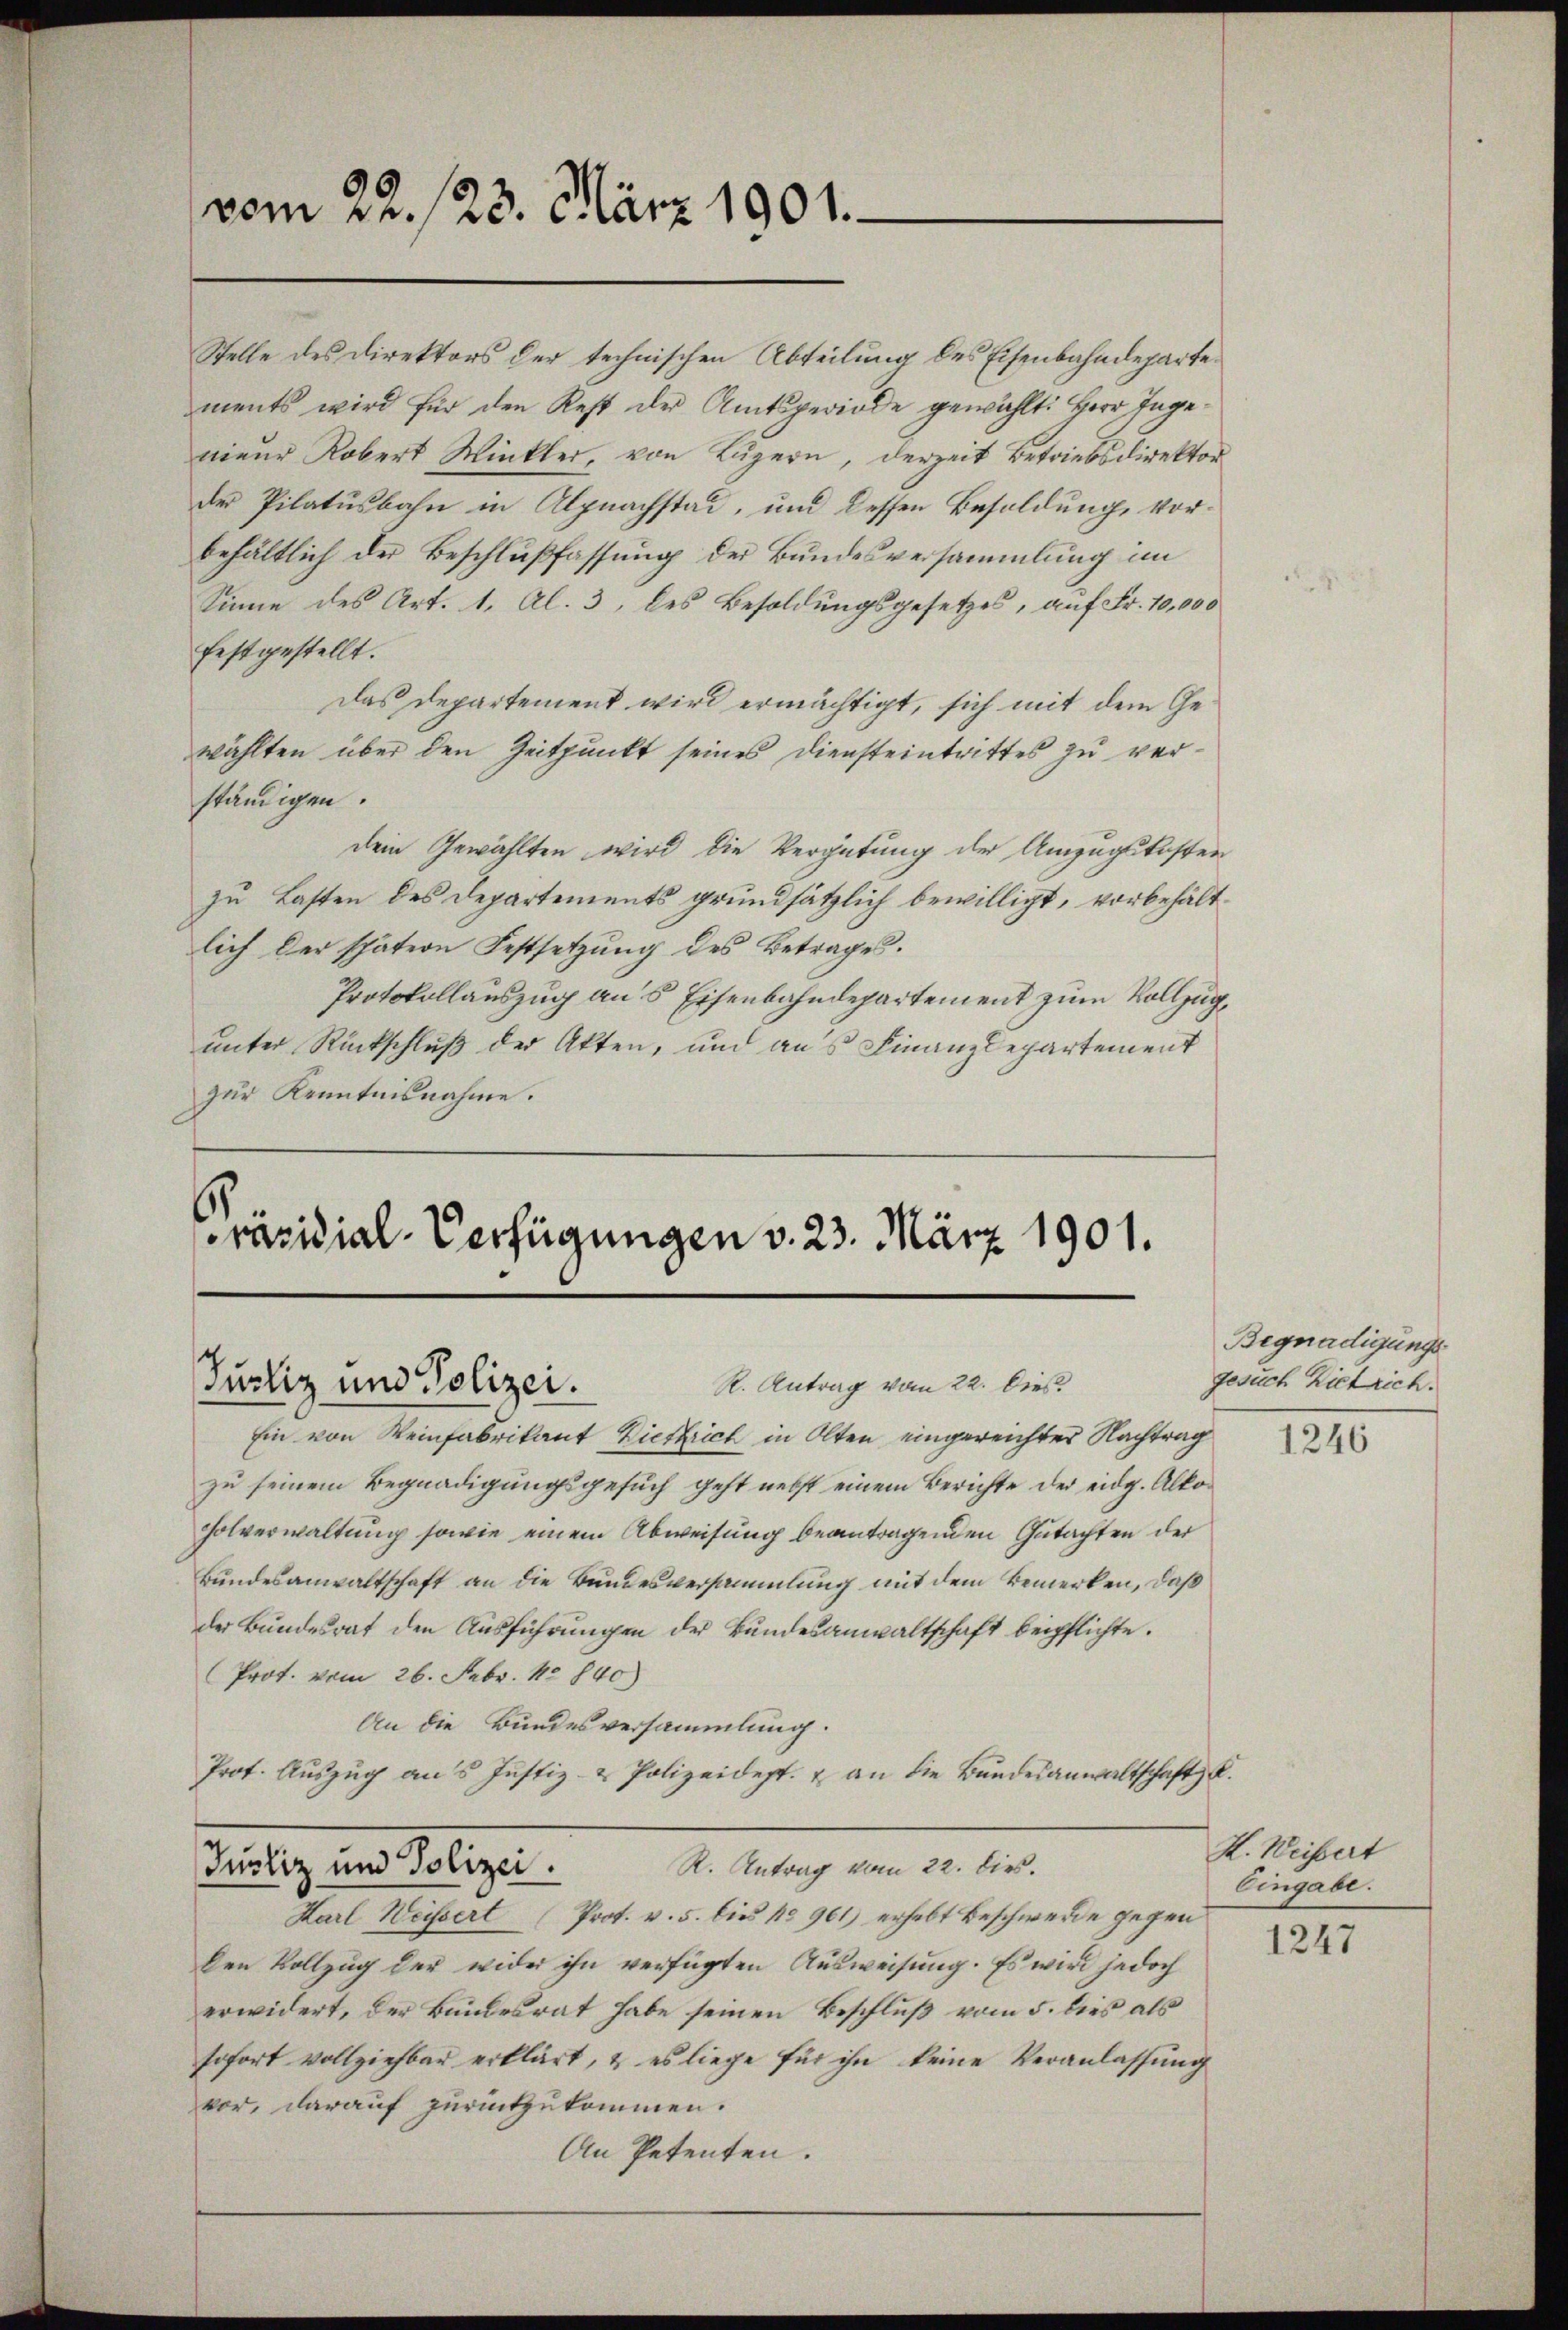
vom 22. 123. März 1901.

Stelle des Direktors der technischen Abteilung des Eisenbahndeparte
ments wird für den Rest der Amtsperiode gewählt: Herr Ingenieur Robert Winkler, von Luzern, derzeit Betriebsdirektor
der Pilatusbahn in Alpnachstad, und dessen Besoldung, vorbehältlich der Beschlußfassung der Bundesversammlung im
Sinne des Art. 1. Al. 3, des Besoldungsgesetzes, auf Fr. 10,000
festgestellt.
Das Departement wird ermächtigt, sich mit dem Gewählten über den Zeitpunkt seines Diensteintrittes zu verständigen.
Dein Gewählten wird die Vergütung der Umzugskosten
zu Lasten des Departements grundsätzlich bewilligt, vorbehältlich der spätern Festsetzŭng des Betrages.
Protokollauszug an 5 Eisenbahndepartement zum Vollzug,
unter Rückschluß der Akten, und aus Finanzdepartement
zur Kenntnisnahme.

Präsidial-Verfügungen v. 23. März 1901.
R. Antrag vom 22. Dies
Justiz und Polizei.

Ein von Weinfabrikant Ziefzrich in Olten eingereichter Nachtrag
zu seinem Begnadigungsgesuch geht nebst einem Berichte der eidg. Alko¬
Holverwaltung sowie einem Abweisung beantragenden Gutachten der
Bundesanwaltschaft an die Bundesversammlung mit dem Bemerken, daß
der Bundesrat den Ausführungen der Bundesanwaltschaft beipflichte.
Prof. vom 26. Febr. 18840)
An die Bundesversammlung.
Prot. Auszug aus Justiz- & Polizeidept. & an die Bundesanwaltschaft u.
R. Antrag vom 22. dies.
Justiz und Polizei.
Karl Weissert (Prot. v. 5. dies No 961) erhebt Beschwerde gegen
den Vollzug der wider ihn verfügten Ausweisung. Es wird jedoch
erwidert, der Bundesrat habe seinen Beschluß vom 5. dies als
sofort vollziehbar erklärt, & es liege für ihn keine Veranlassung
vor, darauf zurückzukommen.
An Petenten.

Begnadigungs
gesuch Hiltrich.

1246

K. Neissert
Eingabe.

1247